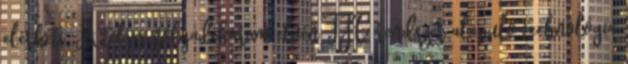
elérheti. A teljes folyadékáram elvén TFC rendszer alapuló technológia